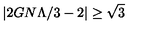
\left| 2 G N \Lambda / 3 - 2 \right| \geq \sqrt { 3 }